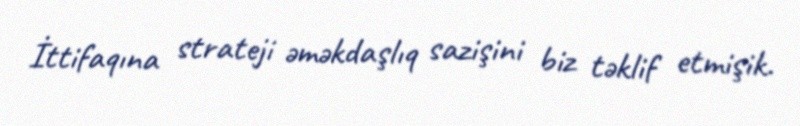
İttifaqına strateji əməkdaşlıq sazişini biz təklif etmişik.